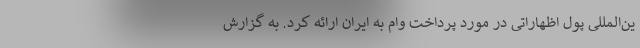
ین‌المللی پول اظهاراتی در مورد پرداخت وام به ایران ارائه کرد. به گزارش